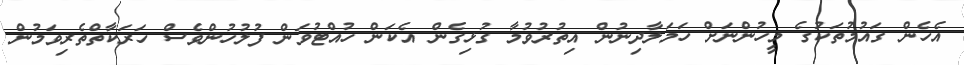
އެހެން ގައުމުތަކުގެ މީހުންނަށް ހަމަލާދިނުން އިތުރުވުމާ ގުޅިގެން އެކަން ހުއްޓުވަން ފުލުހުންވެސް ހަރަކާތްތެރިވަމުން